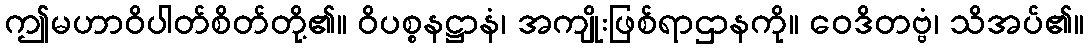
ဤမဟာဝိပါတ်စိတ်တို့၏။ ဝိပစ္စနဋ္ဌာနံ၊ အကျိုးဖြစ်ရာဌာနကို။ ဝေဒိတဗ္ဗံ၊ သိအပ်၏။